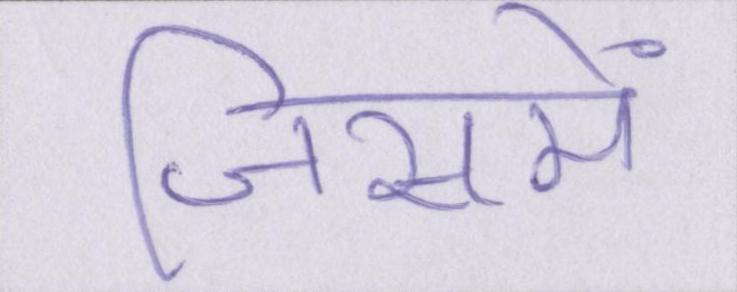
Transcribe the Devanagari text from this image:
जिसमें